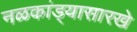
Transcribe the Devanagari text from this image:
नळकांड्यासारखे